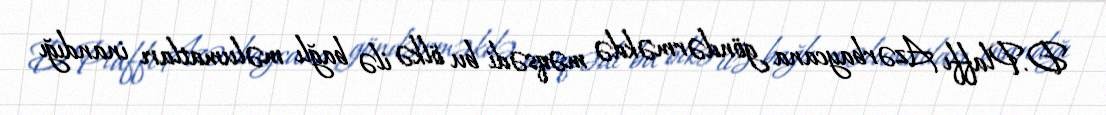
D.Plaffı Azərbaycana göndərməkdə məqsədi bu ölkə ilə bağlı məlumatları inandığı